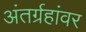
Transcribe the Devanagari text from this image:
अंतर्ग्रहांवर